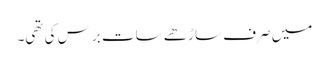
میں صرف ساڑھے سات برس کی تھی۔